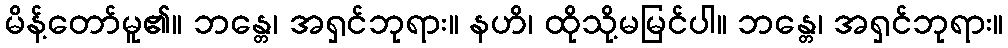
မိန့်တော်မူ၏။ ဘန္တေ၊ အရှင်ဘုရား။ နဟိ၊ ထိုသို့မမြင်ပါ။ ဘန္တေ၊ အရှင်ဘုရား။